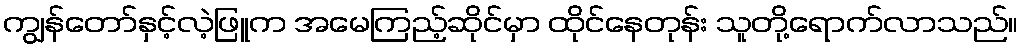
ကျွန်တော်နှင့်လဲ့ဖြူက အမေကြည့်ဆိုင်မှာ ထိုင်နေတုန်း သူတို့ရောက်လာသည်။